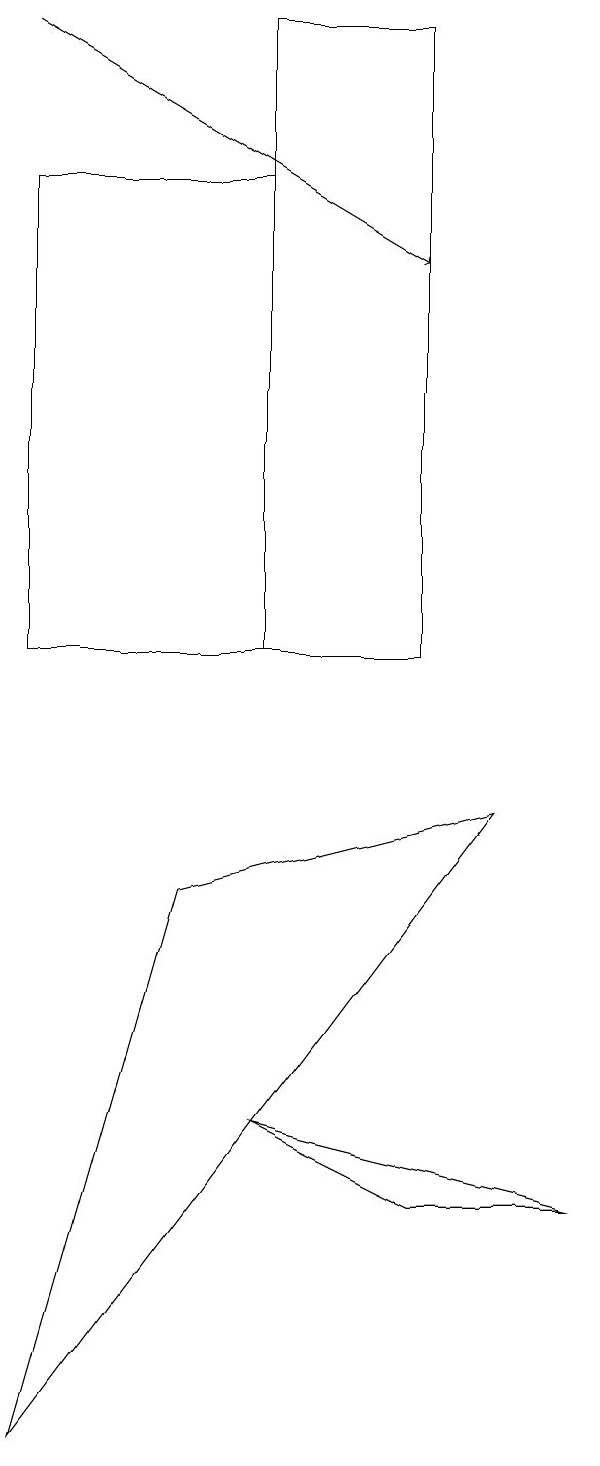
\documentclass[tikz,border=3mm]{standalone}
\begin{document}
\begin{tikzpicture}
\draw (7,11) rectangle (5,19);
\draw (7,13) rectangle (7,16);
\draw (7,4) -- (5,5) -- (9,4) -- cycle;
\draw[->] (2,19) -- (7,16);
\draw (5,17) rectangle (2,11);
\draw (2,1) -- (8,9) -- (4,8) -- cycle;
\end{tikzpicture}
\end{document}